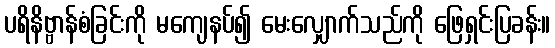
ပရိနိဗ္ဗာန်စံခြင်းကို မကျေနပ်၍ မေးလျှောက်သည်ကို ဖြေရှင်းပြခန်း။